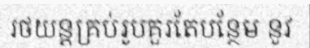
រថយន្តគ្រប់រូបគួរតែបន្ថែម នូវ